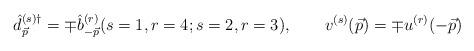
LaTeX: \begin{align*}{\hat{d}}^{(s){\dag}}_{\vec{p}}=\mp{\hat{b}}^{(r)}_{-\vec{p}}(s=1,r=4;s=2,r=3), \qquad v^{(s)}(\vec{p})=\mp u^{(r)}(-\vec{p})\end{align*}